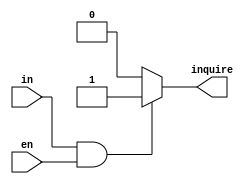
`timescale 1ns / 1ps
//////////////////////////////////////////////////////////////////////////////////
// Company: 
// Engineer: 
// 
// Design Name: 
// Module Name: inquire
// Project Name: 
// Target Devices: 
// Tool Versions: 
// Description: 
// 
// Dependencies: 
// 
// Revision:
// Revision 0.01 - File Created
// Additional Comments:
// 
//////////////////////////////////////////////////////////////////////////////////


module inquire(
input in,//
input en,
output reg inquire
    );
    always@*
    begin
    if(in&&en)
    inquire=1;
    else
    inquire=0;
    end
    
endmodule